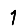
Digit: 1